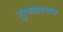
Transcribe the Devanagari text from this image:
सुब्बरयन